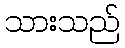
သားသည်